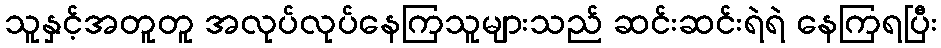
သူနှင့်အတူတူ အလုပ်လုပ်နေကြသူများသည် ဆင်းဆင်းရဲရဲ နေကြရပြီး